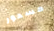
مسحور